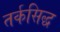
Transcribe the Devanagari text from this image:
तर्कसिद्ध